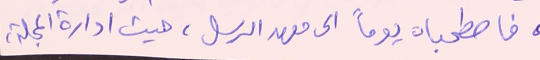
فاصطحباه يوماً الى معهد الرسل، حيث ادارة المجلة،